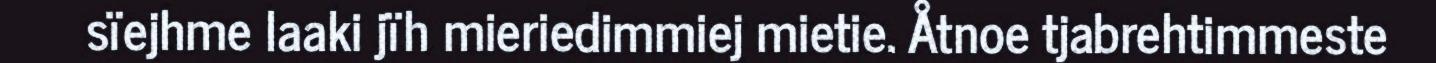
sïejhme laaki jïh mieriedimmiej mietie. Åtnoe tjabrehtimmeste